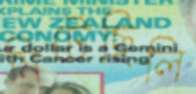
মিটেছিলি